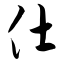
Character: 仕